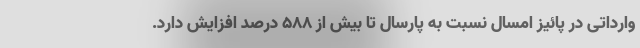
وارداتی در پائیز امسال نسبت به پارسال تا بیش از ۵۸۸ درصد افزایش دارد.